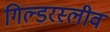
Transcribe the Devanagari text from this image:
गिल्डरस्लीव